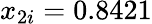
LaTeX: x_{2i}=0.8421